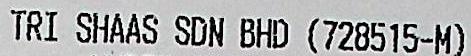
TRI SHAAS SDN BHD (728515-M)